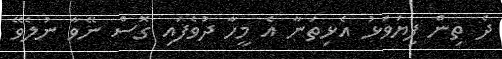
ދެ ތިން ފިޔަވަޅު އެޅިތަނާ އެ މީހާ ދުވެފައި ގޮސް ނޭވާ ނުލެވޭ